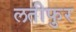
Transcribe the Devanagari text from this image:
लतीफुर